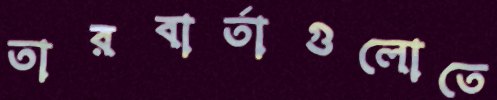
তারবার্তাগুলোতে